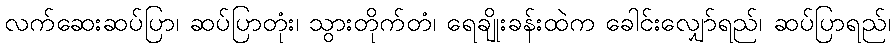
လက်ဆေးဆပ်ပြာ၊ ဆပ်ပြာတုံး၊ သွားတိုက်တံ၊ ရေချိုးခန်းထဲက ခေါင်းလျှော်ရည်၊ ဆပ်ပြာရည်၊